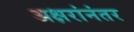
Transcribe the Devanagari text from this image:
अक्षरांनंतर